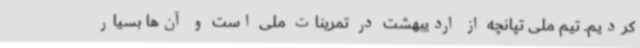
کردیم. تیم ملی تپانچه از اردیبهشت در تمرینات ملی است و آن‌ها بسیار